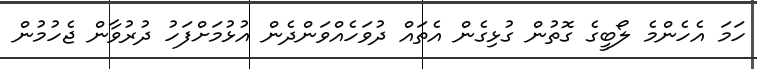
ހަމަ އެހެންމެ ލޯބީގެ ގޮތުން ގުޅިގެން އެތައް ދުވަހެއްވަންދެން އުޅުމަށްފަހު ދުރުވާން ޖެހުމުން